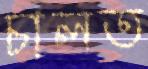
চালত